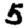
Digit: 5